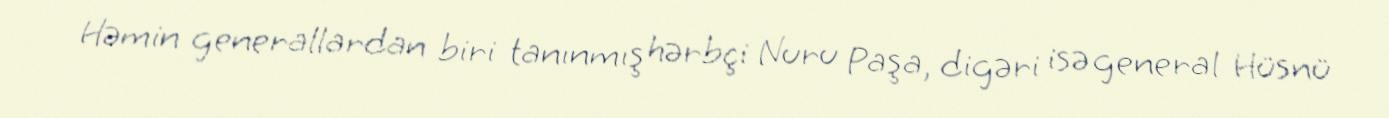
Həmin generallardan biri tanınmış hərbçi Nuru Paşa, digəri isə general Hüsnü